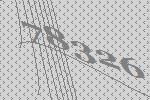
78326